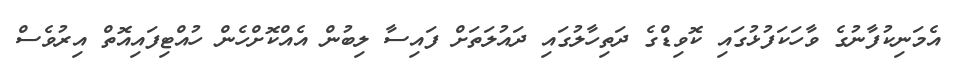
އެމަނިކުފާނުގެ ވާހަކަފުޅުގައި ކޮވިޑްގެ ދަތިހާލުގައި ދައުލަތަށް ފައިސާ ލިބުން އެއްކޮށްހެން ހުއްޓިފައިއޮތް އިރުވެސް